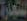
التجارة